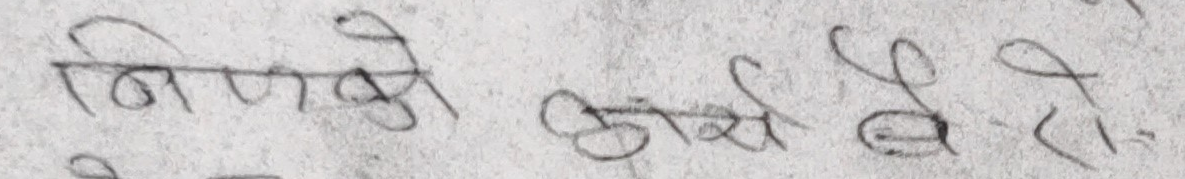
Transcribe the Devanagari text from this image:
निर्णयको अंश बेरो.